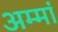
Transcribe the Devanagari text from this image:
अम्‍मां